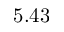
5 . 4 3